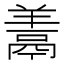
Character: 𩰱